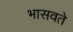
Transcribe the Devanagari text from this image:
भासवते